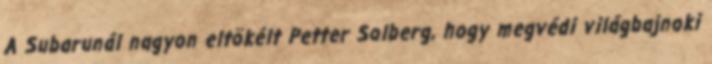
A Subarunál nagyon eltökélt Petter Solberg, hogy megvédi világbajnoki